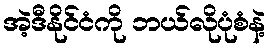
အဲ့ဒီနိုင်ငံကို ဘယ်လိုပုံစံနဲ့